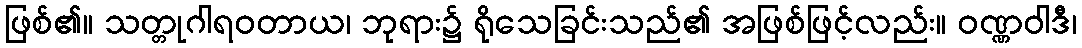
ဖြစ်၏။ သတ္တုဂါရဝတာယ၊ ဘုရား၌ ရိုသေခြင်းသည်၏ အဖြစ်ဖြင့်လည်း။ ဝဏ္ဏဝါဒီ၊